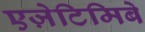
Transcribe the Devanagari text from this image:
एज़ेटिमिबे